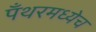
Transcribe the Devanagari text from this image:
पँथरमध्येच